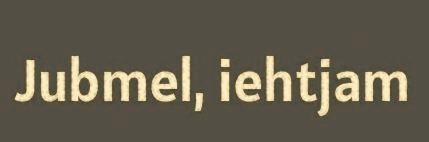
Jubmel, iehtjam